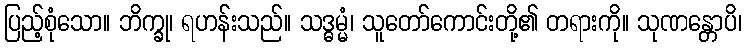
ပြည့်စုံသော။ ဘိက္ခု၊ ရဟန်းသည်။ သဒ္ဓမ္မံ၊ သူတော်ကောင်းတို့၏ တရားကို။ သုဏန္တောပိ၊